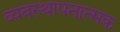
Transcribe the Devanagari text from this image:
व्यवस्थापनात्मक